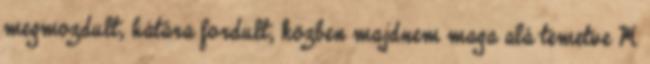
megmozdult, hátára fordult, közben majdnem maga alá temetve M